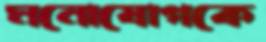
মনোযোগকে